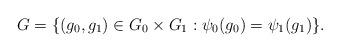
LaTeX: \begin{align*} G = \{ (g_0,g_1) \in G_0 \times G_1 : \psi_0(g_0) = \psi_1(g_1) \}.\end{align*}